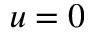
u = 0